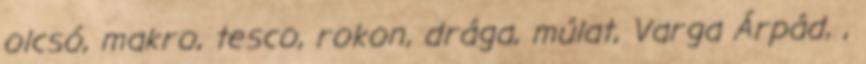
olcsó, makro, tesco, rokon, drága, múlat, Varga Árpád, ,